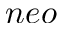
n e o